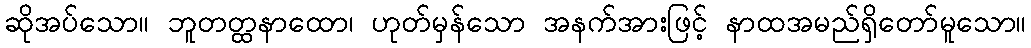
ဆိုအပ်သော။ ဘူတတ္ထနာထော၊ ဟုတ်မှန်သော အနက်အားဖြင့် နာထအမည်ရှိတော်မူသော။